Scientific memoirs by medical officers of the Army of India - Part II,
Year: 1886
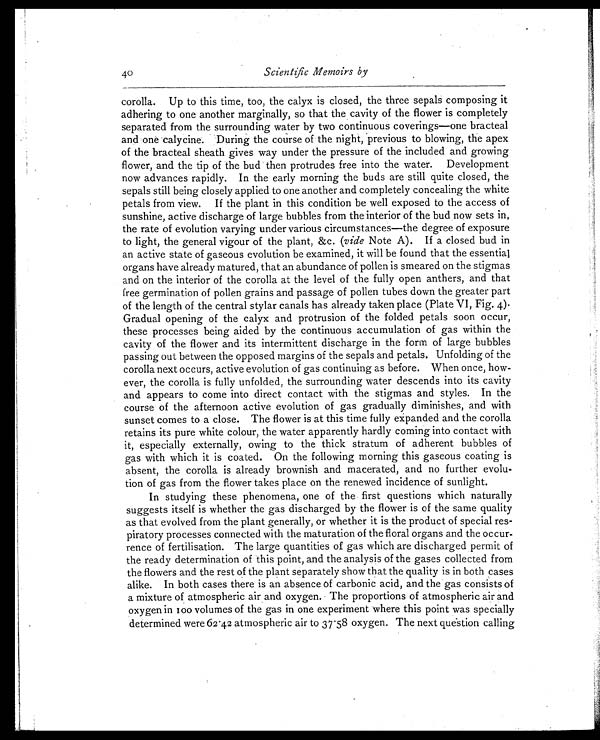
40
Scientific Memoirs by
corolla. Up to this time, too, the calyx is closed, the three sepals composing it
adhering to one another marginally, so that the cavity of the flower is completely
separated from the surrounding water by two continuous coverings—one bracteal
and one calycine. During the course of the night, previous to blowing, the apex
of the bracteal sheath gives way under the pressure of the included and growing
flower, and the tip of the bud then protrudes free into the water. Development
now advances rapidly. In the early morning the buds are still quite closed, the
sepals still being closely applied to one another and completely concealing the white
petals from view. If the plant in this condition be well exposed to the access of
sunshine, active discharge of large bubbles from the interior of the bud now sets in,
the rate of evolution varying under various circumstances—the degree of exposure
to light, the general vigour of the plant, &c. (vide Note A). If a closed bud in
an active state of gaseous evolution be examined, it will be found that the essential
organs have already matured, that an abundance of pollen is smeared on the stigmas
and on the interior of the corolla at the level of the fully open anthers, and that
free germination of pollen grains and passage of pollen tubes down the greater part
of the length of the central stylar canals has already taken place (Plate VI, Fig. 4).
Gradual opening of the calyx and protrusion of the folded petals soon occur,
these processes being aided by the continuous accumulation of gas within the
cavity of the flower and its intermittent discharge in the form of large bubbles
passing out between the opposed margins of the sepals and petals. Unfolding of the
corolla next occurs, active evolution of gas continuing as before. When once, how-
ever, the corolla is fully unfolded, the surrounding water descends into its cavity
and appears to come into direct contact with the stigmas and styles. In the
course of the afternoon active evolution of gas gradually diminishes, and with
sunset comes to a close. The flower is at this time fully expanded and the corolla
retains its pure white colour, the water apparently hardly coming into contact with
it, especially externally, owing to the thick stratum of adherent bubbles of
gas with which it is coated. On the following morning this gaseous coating is
absent, the corolla is already brownish and macerated, and no further evolu-
tion of gas from the flower takes place on the renewed incidence of sunlight.
In studying these phenomena, one of the first questions which naturally
suggests itself is whether the gas discharged by the flower is of the same quality
as that evolved from the plant generally, or whether it is the product of special res-
piratory processes connected with the maturation of the floral organs and the occur-
rence of fertilisation. The large quantities of gas which are discharged permit of
the ready determination of this point, and the analysis of the gases collected from
the flowers and the rest of the plant separately show that the quality is in both cases
alike. In both cases there is an absence of carbonic acid, and the gas consists of
a mixture of atmospheric air and oxygen. The proportions of atmospheric air and
oxygen in 100 volumes of the gas in one experiment where this point was specially
determined were 62.42 atmospheric air to 37.58 oxygen. The next question calling